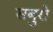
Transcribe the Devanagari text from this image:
सबुरो